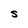
Character: S